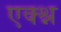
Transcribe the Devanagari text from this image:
एक्श्न